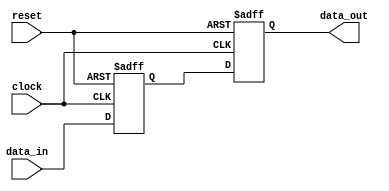
module synchronous_logic (
    input wire clock,        // Clock signal
    input wire reset,        // Asynchronous reset signal
    input wire [7:0] data_in,// Input data
    output reg [7:0] data_out// Output data
);

    // Internal state variable
    reg [7:0] current_state;

    // Always block triggered on the rising edge of the clock
    always @(posedge clock or posedge reset) begin
        if (reset) begin
            // Reset the state to known value
            current_state <= 8'b0; // Initialize to zero
            data_out <= 8'b0;       // Initialize output to zero
        end else begin
            // Update state based on input data
            current_state <= data_in;  // Load input data into current state
            data_out <= current_state;  // Assign current state to output
        end
    end

endmodule